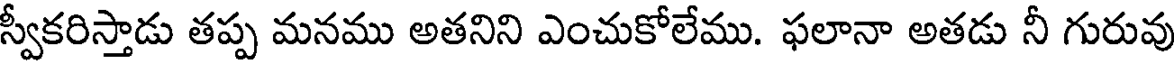
స్వీకరిస్తాడు తప్ప మనము అతనిని ఎంచుకోలేము. ఫలానా అతడు నీ గురువు